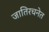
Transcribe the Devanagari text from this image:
जातिरचनेत